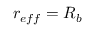
r _ { e f f } = R _ { b }